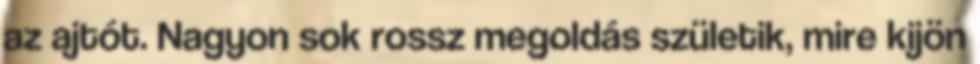
az ajtót. Nagyon sok rossz megoldás születik, mire kijön